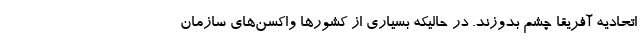
اتحادیه آفریقا چشم بدوزند. در حالیکه بسیاری از کشورها واکسن‌های سازمان